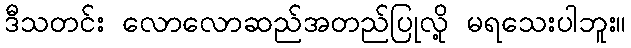
ဒီသတင်း လောလောဆည်အတည်ပြုလို့ မရသေးပါဘူး။